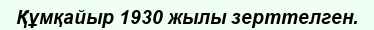
Құмқайыр 1930 жылы зерттелген.